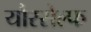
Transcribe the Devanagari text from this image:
यौरसेल्फ